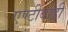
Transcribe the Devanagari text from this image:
एण्टीबाडी